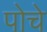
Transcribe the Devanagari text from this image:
पोचे